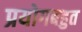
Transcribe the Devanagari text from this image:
प्रयोगबहुत